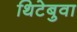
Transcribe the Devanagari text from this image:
थिटेबुवा